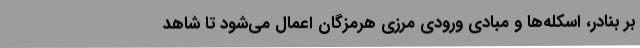
بر بنادر، اسکله‌ها و مبادی ورودی مرزی هرمزگان اعمال می‌شود تا شاهد